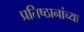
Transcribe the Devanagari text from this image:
प्रतिष्ठानांच्या